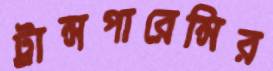
ট্রান্সপারেন্সির